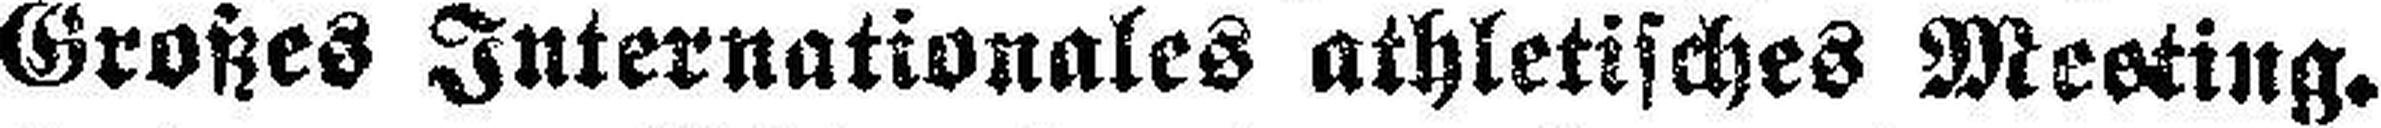
Großes Internationales athletisches Meeting.